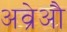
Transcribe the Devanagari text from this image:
अव्रेऔ